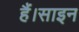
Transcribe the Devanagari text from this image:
हैं।साइन